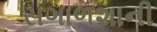
સગાળશાની